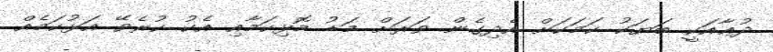
ދުޢާއަކީ ބަޔަކު ކަމަކަށް އެދިގެން ވަރަށް މަޑު މޮޅިކަމާއި އެކު ކުރެވޭ އަޅުކަމެއް.